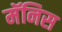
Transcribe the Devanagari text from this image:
मॅनिस